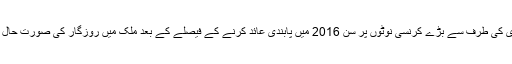
وزیر اعظم نریندر مودی کی طرف سے بڑے کرنسی نوٹوں پر سن 2016 میں پابندی عائد کرنے کے فیصلے کے بعد ملک میں روزگار کی صورت حال پر یہ پہلی رپورٹ ہے۔